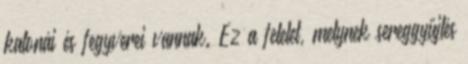
katonái és fegyverei vannak. Ez a felelet, melynek sereggyűjtés